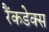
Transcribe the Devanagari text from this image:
रैंकडेक्स